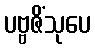
ပဗ္ဗဇိံသုပေ